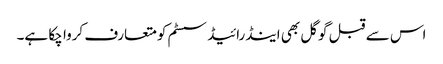
اس سے قبل گوگل بھی اینڈرائیڈ سسٹم کو متعارف کروا چکا ہے۔